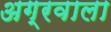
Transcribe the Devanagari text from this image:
अग्रवाला